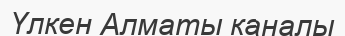
Үлкен Алматы каналы